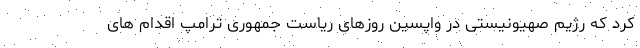
کرد که رژیم صهیونیستی در واپسین روزهای ریاست جمهوری ترامپ اقدام های